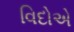
વિદોએ